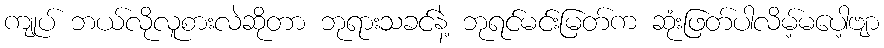
ကျုပ် ဘယ်လိုလူစားလဲဆိုတာ ဘုရားသခင်နဲ့ ဘုရင်မင်းမြတ်က ဆုံးဖြတ်ပါလိမ့်မပေါ့ဗျာ